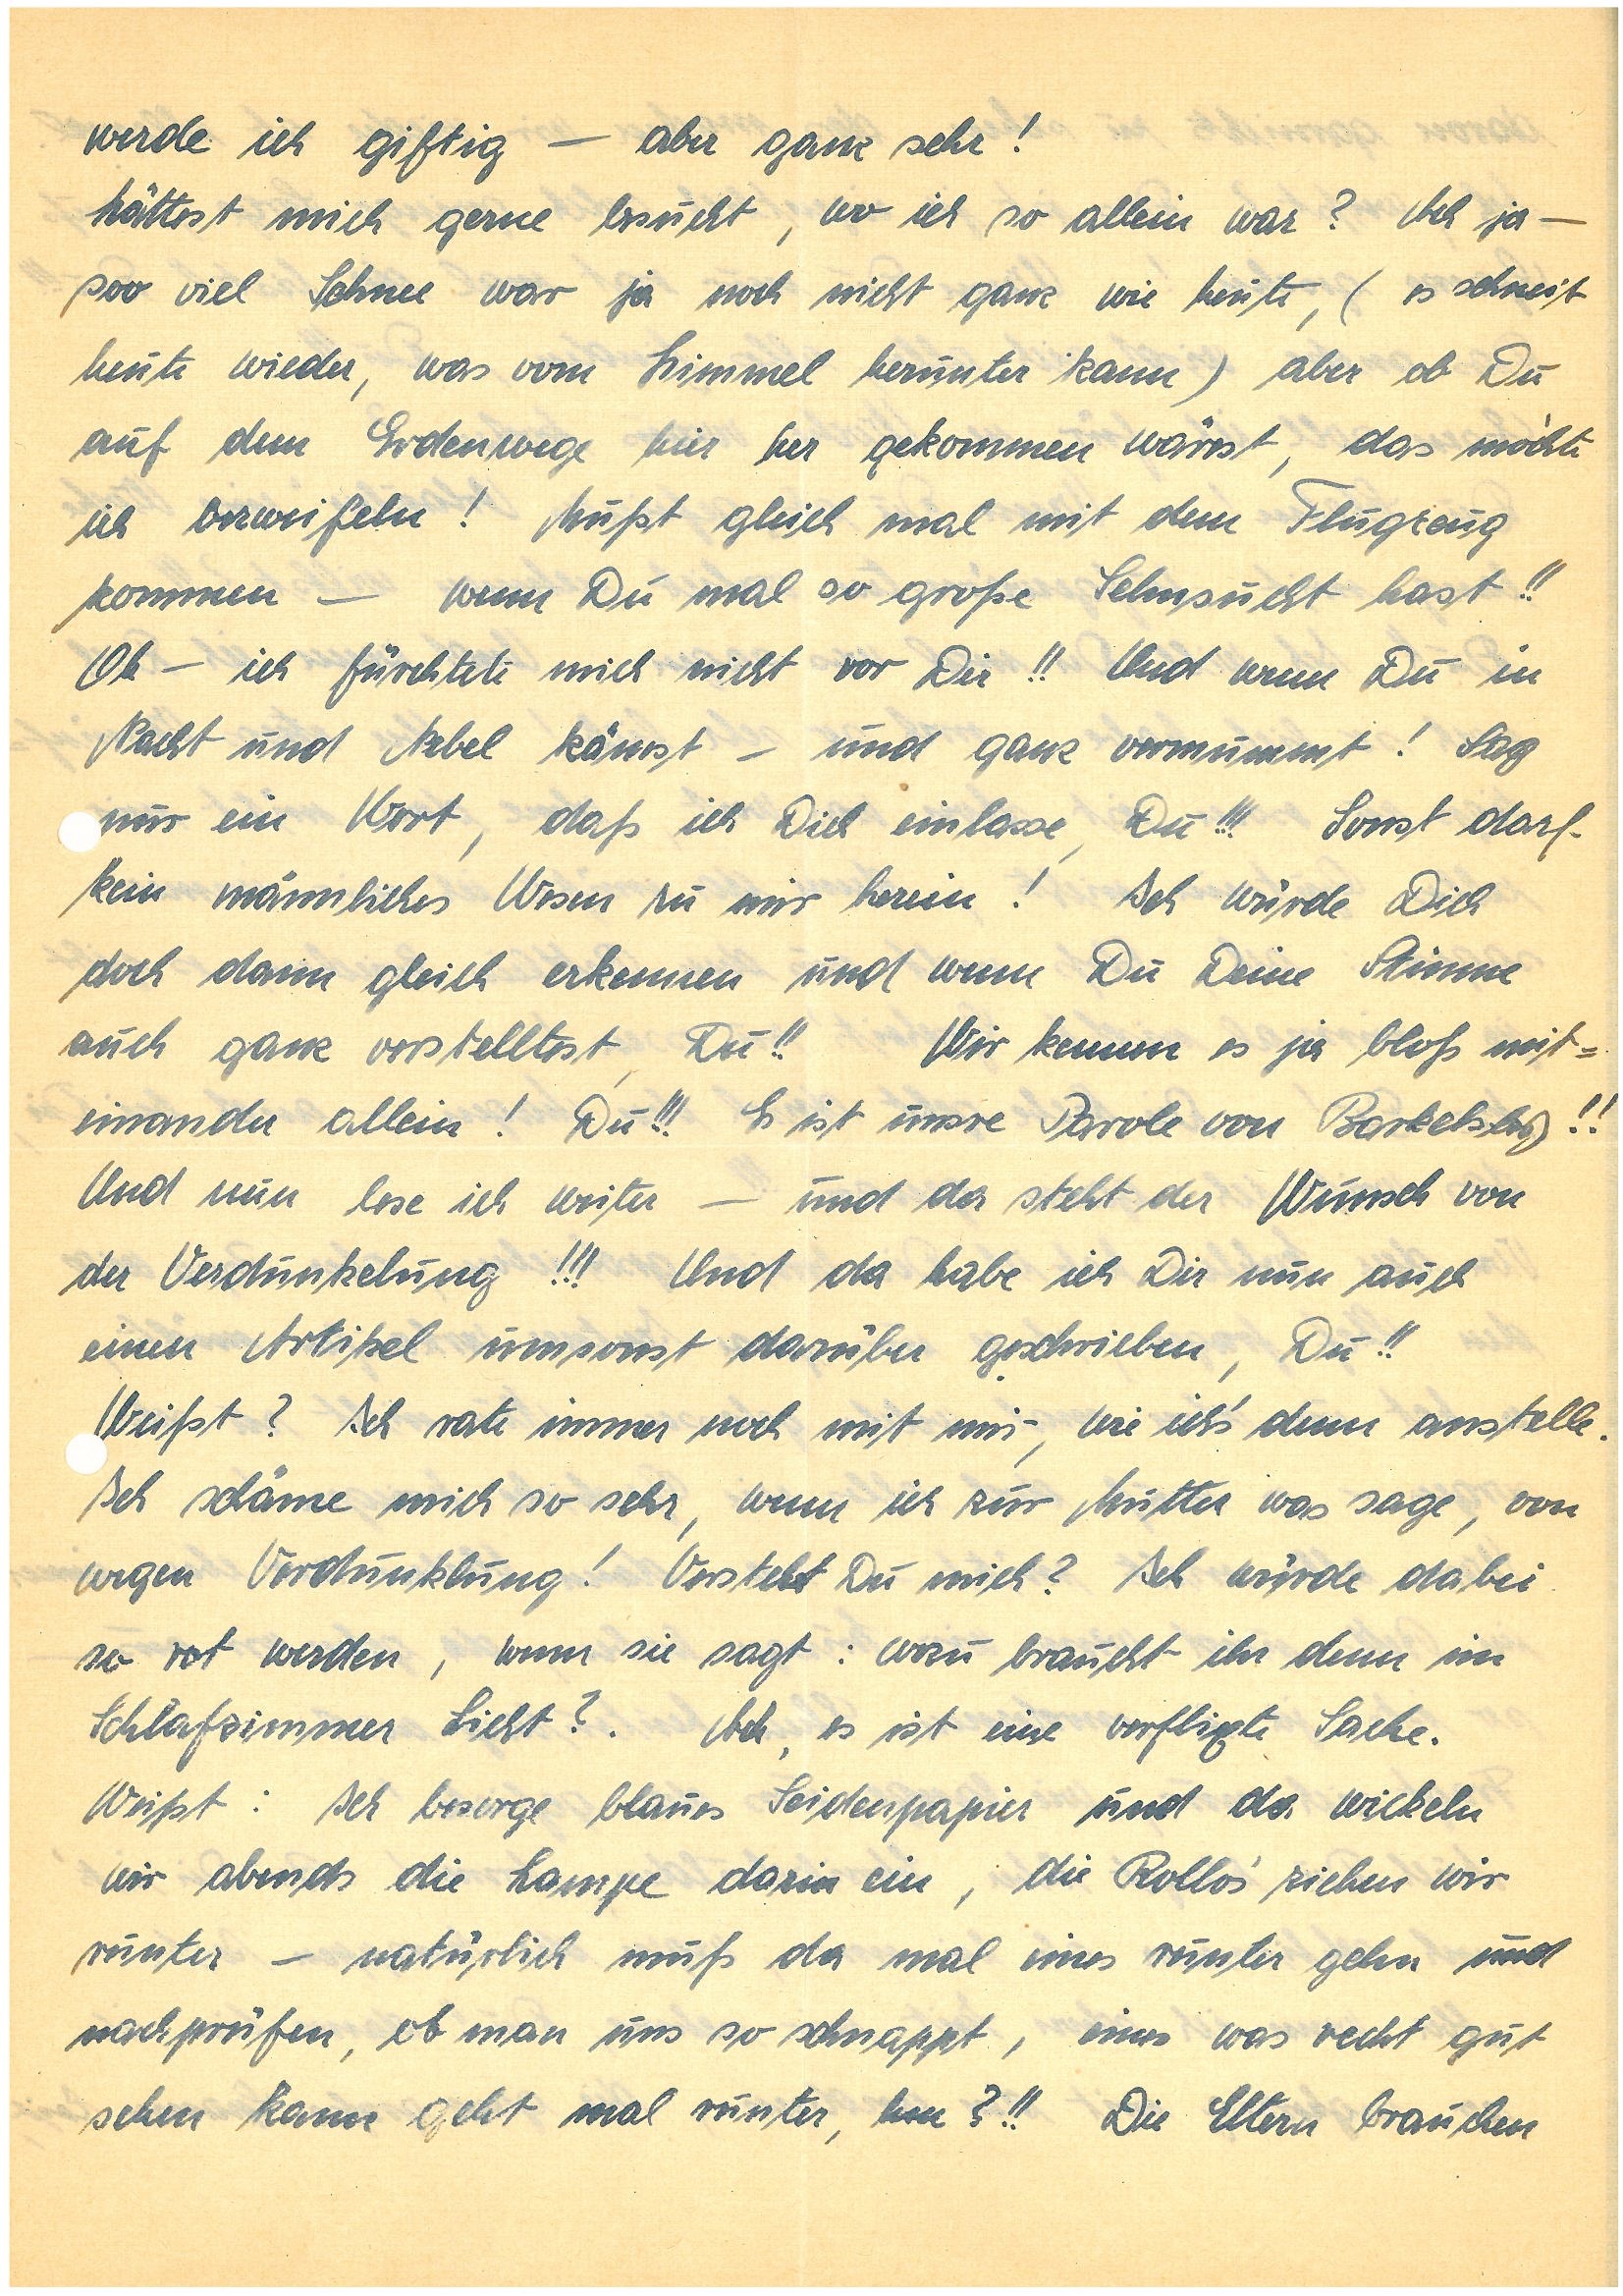
werde ich giftig – aber ganz sehr!
hättest mich gerne besucht, wo ich so allein war? Ach ja –
soo viel Schnee war ja noch nicht ganz wie heute, (es schneit
heute wieder, was vom Himmel herunter kam) aber ob Du
auf dem Erdenwege hier her gekommen wärst, das möchte
ich bezweifeln! Mußt gleich mal mit dem Flugzeug
kommen – wenn Du mal so große Sehnsucht hast!!
Oh – ich fürchtete mich nicht vor Dir!! Und wenn Du in
Nacht und Nebel kämst – und ganz vermummt! Sag
nur ein Wort, daß ich Dich einlasse, Du!!! Sonst darf
kein männliches Wesen zu mir herein! Ich würde Dich
doch dann gleich erkennen und wenn Du Deine Stimme
auch ganz verstelltest, Du!! Wir kennen es ja bloß mit¬
einander allein! Du!!! Es ist unsre Parole von B.!!
Und nun lese ich weiter – und da steht der Wunsch von
der Verdunkelung!!! Und da habe ich Dir nun auch
einen Artikel umsonst darüber geschrieben, Du!!
Weißt? Ich rate immer noch mit mir, wie ich’s denn anstelle.
Ich schäme mich so sehr, wenn ich zur Mutter was sage, von
wegen Verdunklung! Verstehst du mich? Ich würde dabei
so rot werden, wenn sie sagt: wozu braucht ihr denn im
Schlafzimmer Licht? Ach, es ist eine verflixte Sache.
Weißt: Ich besorge blaues Seidenpapier und da wickeln
wir abends die Lampe darin ein, die Rollos’ ziehen wir
runter – natürlich muß da mal eines runter gehen und
nachprüfen, ob man uns so schnappt, eines was recht gut
sehen kann geht mal runter, hm?!! Die Eltern brauchen